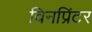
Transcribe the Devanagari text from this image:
विनप्रिंटर